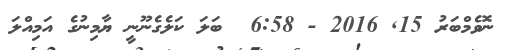
ނޮވެމްބަރު 15